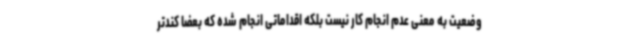
وضعیت به معنی عدم انجام کار نیست بلکه اقداماتی انجام شده که بعضا کندتر